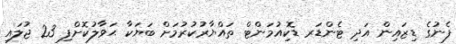
ފެނުގެ ޑިޒައިން އަދި ޓެންޑަރ ޑޮކިއުމަންޓް ތައްޔާރުކުރުމަށް ބަޔަކާ ޙަވާލުކޮށްފި 23 ޖުލައި